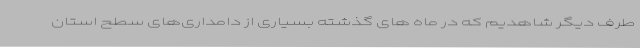
طرف دیگر شاهدیم که در ماه های گذشته بسیاری از دامداری‌های سطح استان